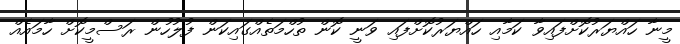
މީނާ ހައްޔަރުކޮށްފައިވާ ކަމާއި ހައްޔަރުކޮށްފައި ވަނީ ކޮން ތުހްމަތެއްގައިކަން ފުލުހުން ރަސްމީކޮށް ހާމައެއް